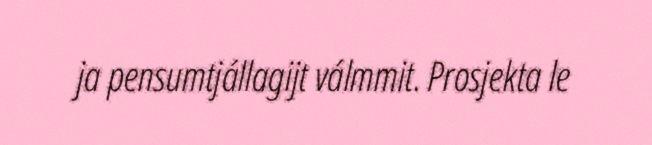
ja pensumtjállagijt válmmit. Prosjekta le